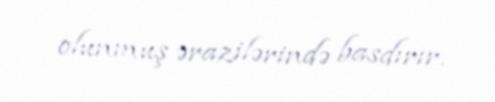
olunmuş ərazilərində basdırır.